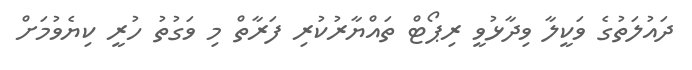
ދައުލަތުގެ ވަކީލާ ވިދާޅުވީ ރިޕޯޓް ތައްޔާރުކުރި ފަރާތް މި ވަގުތު ހުރީ ކިޔެވުމަށް